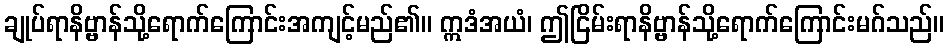
ချုပ်ရာနိဗ္ဗာန်သို့ရောက်ကြောင်းအကျင့်မည်၏။ ဣဒံအယံ၊ ဤငြိမ်းရာနိဗ္ဗာန်သို့ရောက်ကြောင်းမဂ်သည်။